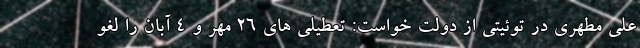
علی مطهری در توئیتی از دولت خواست: تعطیلی های ۲۶ مهر و ۴ آبان را لغو